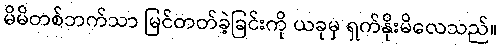
မိမိတစ်ဘက်သာ မြင်တတ်ခဲ့ခြင်းကို ယခုမှ ရှက်နိုးမိလေသည်။